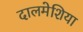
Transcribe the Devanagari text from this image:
दालमेशिया